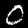
Digit: 0